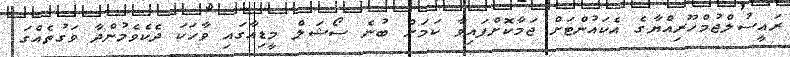
ރައީސުލްޖުމްހޫރިއްޔާގެ އެކައުންޓަށް ޖަމާކޮށްފައިވާ ކަމަށް ބުނެ ސޯޝަލް މީޑިއާގައި ވާހަކަ ދެކެވެމުންދާ ވަގުތެއްގަ